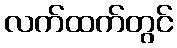
လက်ထက်တွင်